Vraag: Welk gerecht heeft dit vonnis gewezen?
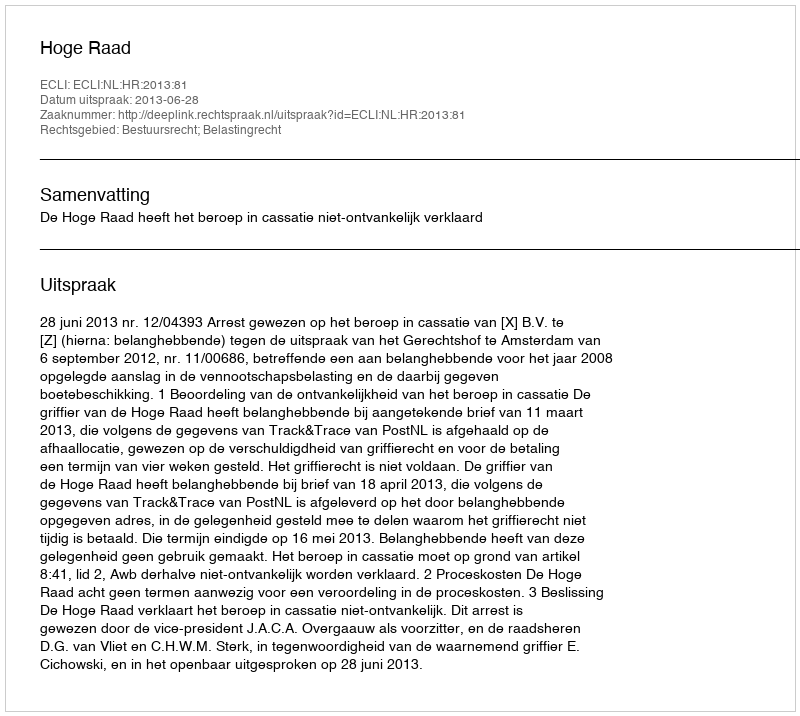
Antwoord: Hoge Raad